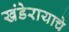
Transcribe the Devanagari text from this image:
खंडेरायाचे